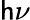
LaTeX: \mathsf{h}\nu